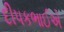
દીપકભાઈએ